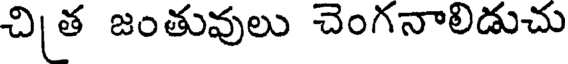
చిత జంతువులు చెంగనాలిడుచు